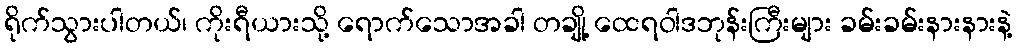
ရိုက်သွားပါတယ်၊ ကိုးရီယားသို့ ရောက်သောအခါ တချို့ ထေရဝါဒဘုန်းကြီးများ ခမ်းခမ်းနားနားနဲ့